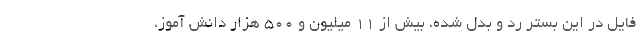
فایل در این بستر رد و بدل شده، بیش از ۱۱ میلیون و ۵۰۰ هزار دانش آموز،